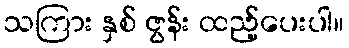
သကြား နှစ် ဇွန်း ထည့်ပေးပါ။